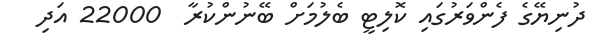
ދުނިޔޭގެ ފެންވަރުގައި ކޮލިޓީ ބެލުމަށް ބޭނުންކުރާ  22000 އަދި